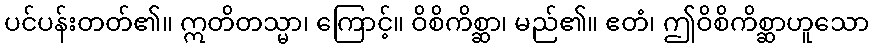
ပင်ပန်းတတ်၏။ ဣတိတသ္မာ၊ ကြောင့်။ ဝိစိကိစ္ဆာ၊ မည်၏။ ဧတံ၊ ဤဝိစိကိစ္ဆာဟူသော